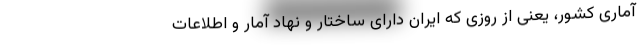
آماری کشور، یعنی از روزی که ایران دارای ساختار و نهاد آمار و اطلاعات